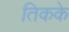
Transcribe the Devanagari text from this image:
तिकके